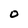
Character: 0